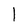
Character: I